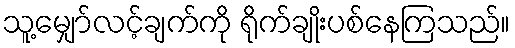
သူ့မျှော်လင့်ချက်ကို ရိုက်ချိုးပစ်နေကြသည်။